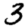
Digit: 3